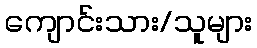
ကျောင်းသား/သူများ